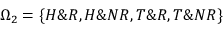
\Omega _ { 2 } = \{ H \& R , H \& N R , T \& R , T \& N R \}